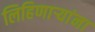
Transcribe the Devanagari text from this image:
लिहिणार्‍यांना